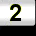
Digit: 2